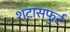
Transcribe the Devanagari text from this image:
शटासफुर्ट